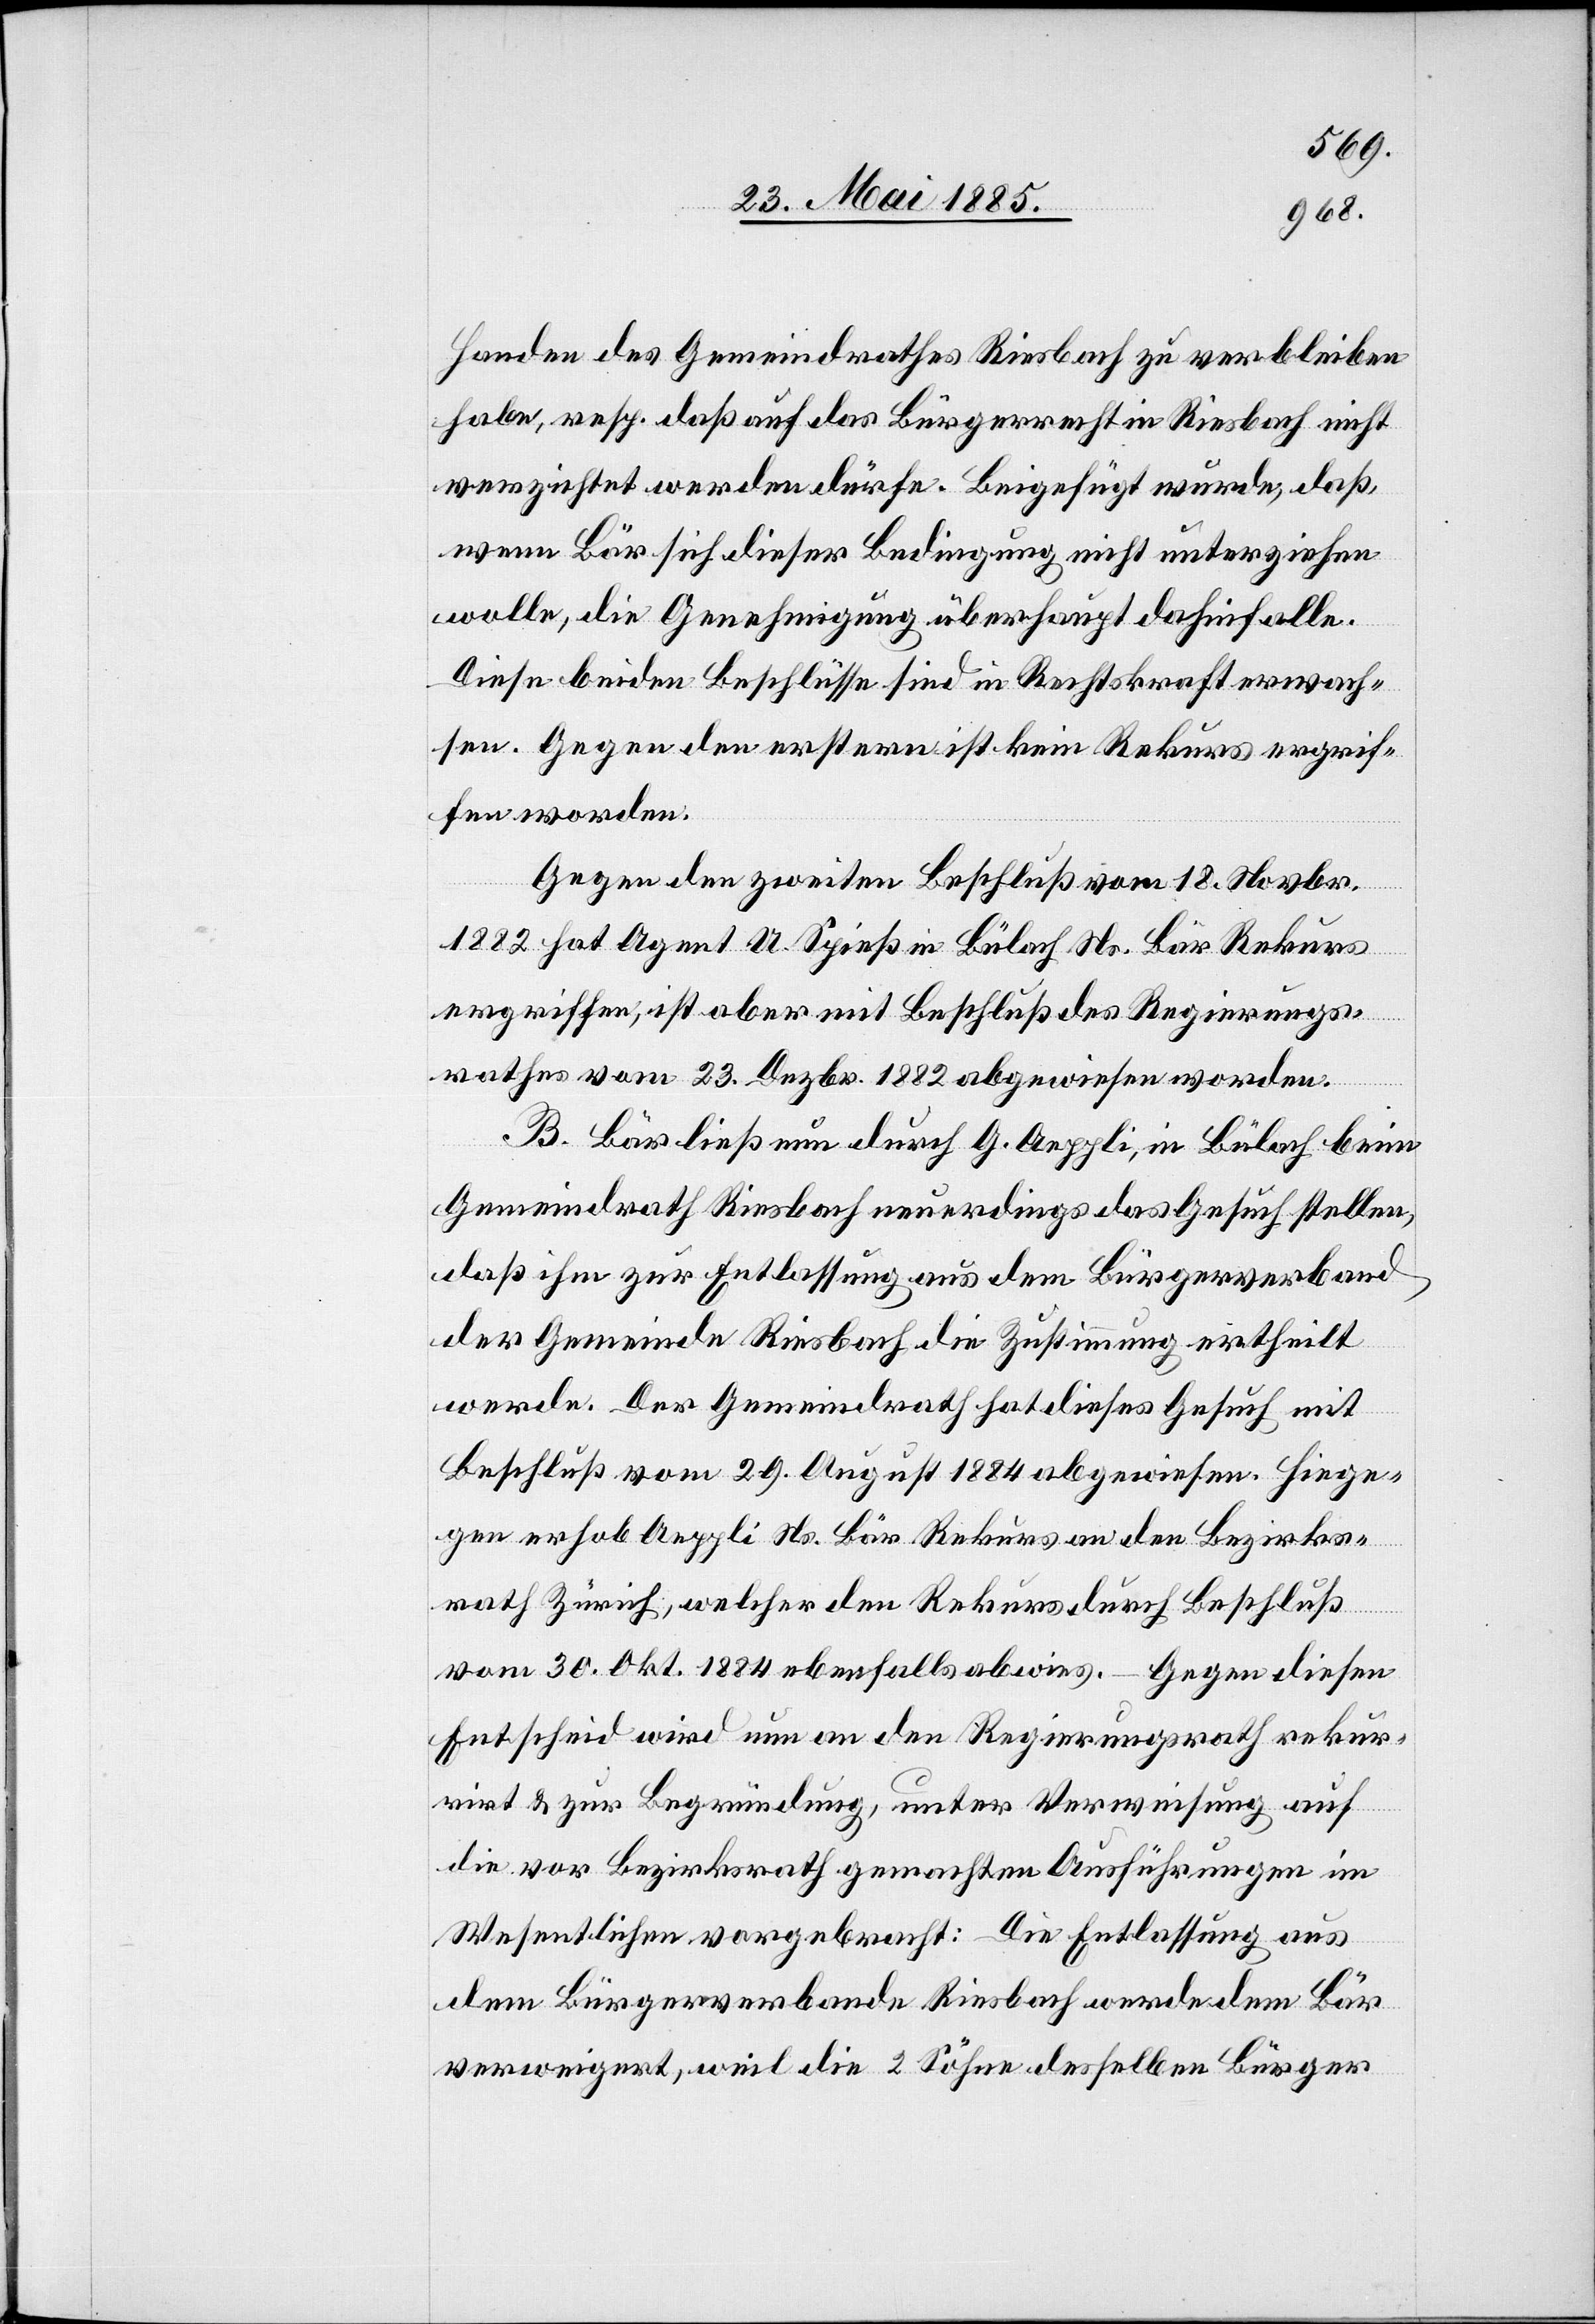
Handen des Gemeindrathes Riesbach zu verbleiben
habe, resp. daß auf das Bürgerrecht in Riesbach nicht
verzichtet werden dürfe. Beigefügt wurde, daß,
wenn Bär sich dieser Bedingung nicht unterziehen
wolle, die Genehmigung überhaupt dahinfalle.
Diese beiden Beschlüsse sind in Rechtskraft erwach¬
sen. Gegen den erstern ist kein Rekurs ergrif¬
fen worden.
Gegen den zweiten Beschluß vom 18. Novbr.
1882 hat Agent U. Spieß in Bülach Ns. Bär Rekurs
ergriffen, ist aber mit Beschluß des Regierungs¬
rathes vom 23. Dezbr. 1882 abgewiesen worden.
B. Bär ließ nun durch G. Aeppli, in Bülach beim
Gemeindrath Riesbach neuerdings das Gesuch stellen,
daß ihm zur Entlassung aus dem Bürgerverband
der Gemeinde Riesbach die Zustimmung ertheilt
werde. Der Gemeindrath hat dieses Gesuch mit
Beschluß vom 29. August 1884 abgewiesen. Hiege¬
gen erhob Aeppli Ns. Bär Rekurs an den Bezirks¬
rath Zürich, welcher den Rekurs durch Beschluß
vom 30. Okt. 1884 ebenfalls abwies. – Gegen diesen
Entscheid wird nun an den Regierungsrath rekur¬
rirt & zur Begründung, unter Verweisung auf
die vor Bezirksrath gemachten Ausführungen im
Wesentlichen vorgebracht: Die Entlassung aus
dem Bürgerverbande Riesbach werde dem Bär
verweigert, weil die 2 Söhne desselben Bürger